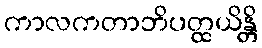
ကာလကတာဘိပတ္ထယိန္တိ